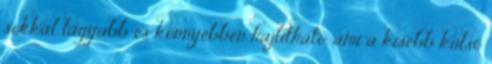
sokkal lágyabb és könnyebben hajlítható, ami a kisebb külső